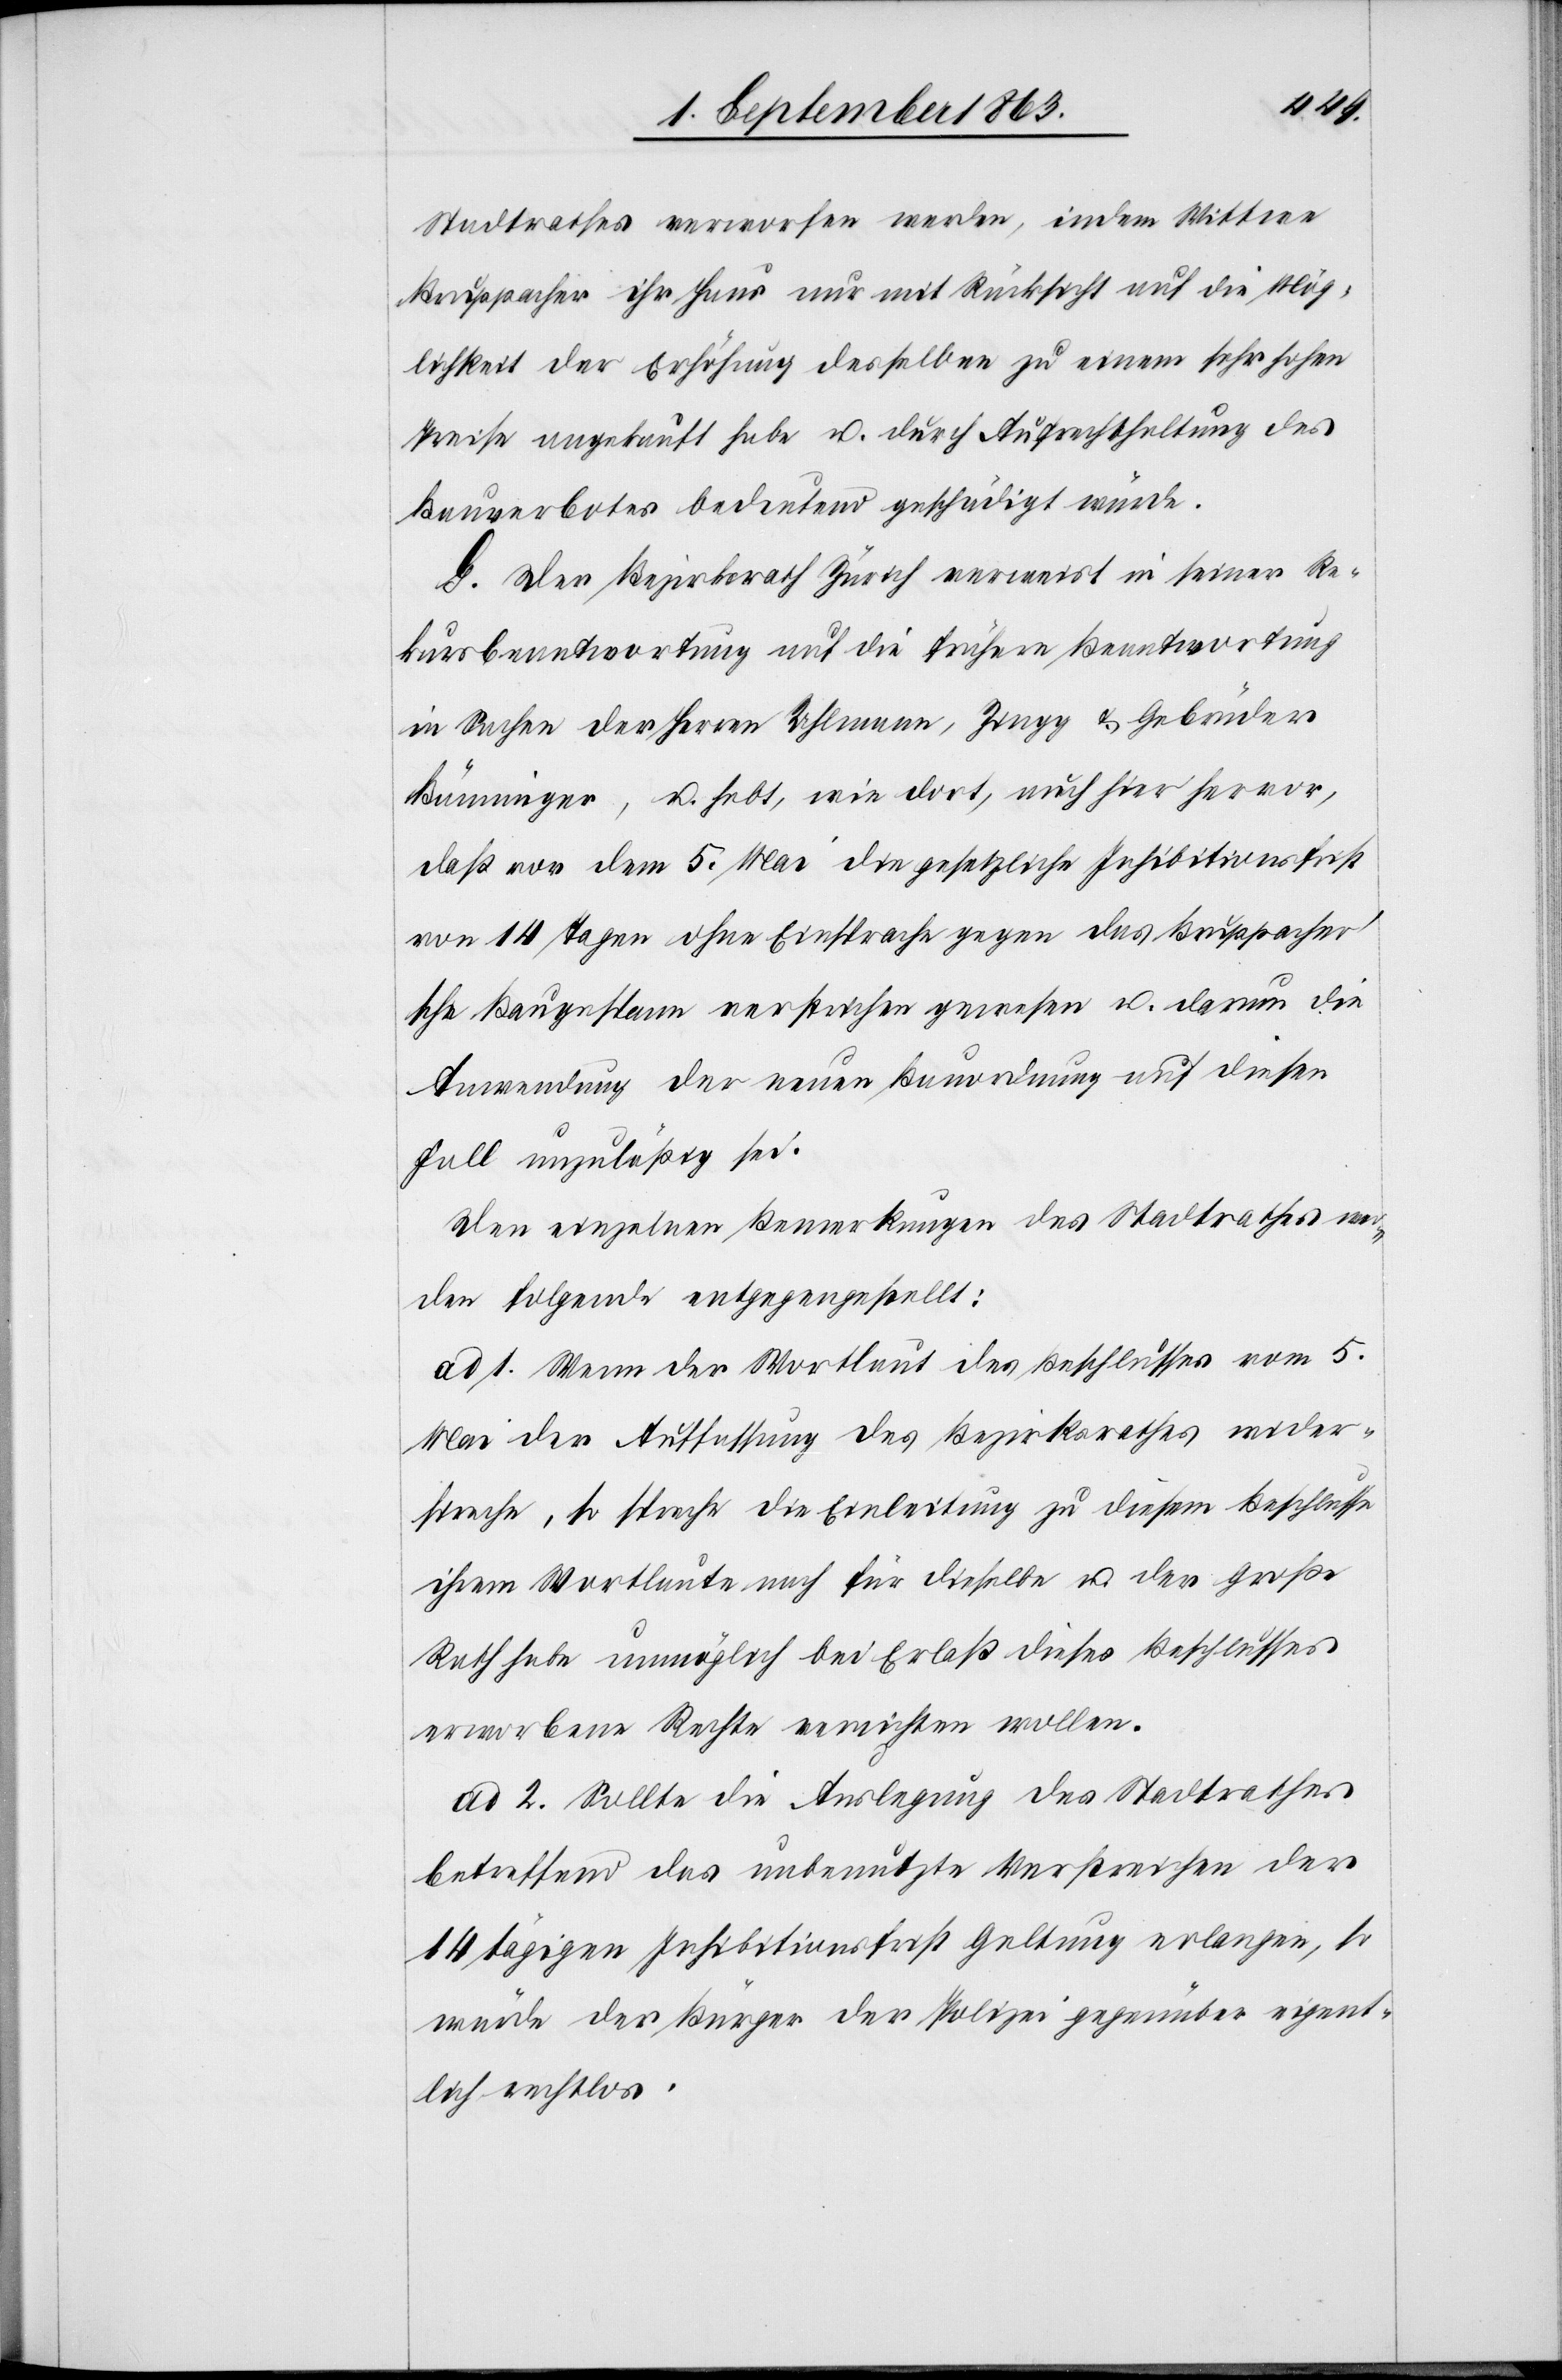
Stadtrathes verworfen werden, indem Wittwe
Bruppacher ihr Haus nur mit Rücksicht auf die Mög¬
lichkeit der Erhöhung desselben zu einem sehr hohen
Preise angekauft habe u. durch Aufrechthaltung des
Bauverbotes bedeutend geschädigt würde.
G. Der Bezirksrath Zürich verweist in seiner Re¬
kursbeantwortung auf die frühere Beantwortung
in Sachen der Herren Uhlmann, Zingg & Gebrüder
Bänninger, u. hebt, wie dort, auch hier hervor,
daß vor dem 5. Mai die gesetzliche Inhibitionsfrist
von 14 Tagen ohne Einsprache gegen das Bruppacher's¬
che Baugespann verstrichen gewesen u. darum die
Anwendung der neuen Bauordnung auf diesen
Fall unzuläßig sei.
Den einzelnen Bemerkungen des Stadtrathes wer¬
den folgende entgegengestellt:
ad 1. Wenn der Wortlaut des Beschlusses vom 5.
Mai der Auffassung des Bezirksrathes wider¬
spreche, so spreche die Einleitung zu diesem Beschlusse
ihrem Wortlaute nach für dieselbe u. der Große
Rath habe unmöglich bei Erlaß dieses Beschlusses
erworbene Rechte vernichten wollen.
ad 2. Sollte die Auslegung des Stadtrathes
betreffend das unbenutzte Verstreichen der
14 tägigen Inhibitionsfrist Geltung erlangen, so
würde der Bürger der Polizei gegenüber eigent¬
lich rechtlos.